Report of the Indian Hemp Drugs Commission, 1894-1895 - Volume VIII
Year: 1894
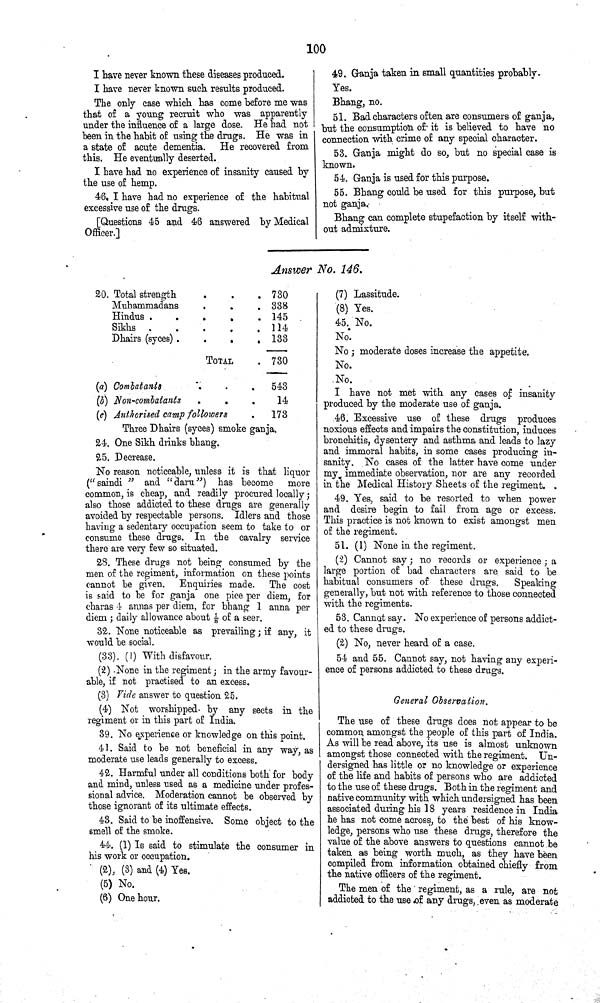
100
I have never known these diseases produced.
I have never known such results produced.
The only case which has come before me was
that of a young recruit who was apparently
under the influence of a large dose. He had not
been in the habit of using the drugs. He was in
a state of acute dementia. He recovered from
this. He eventually deserted.
I have had no experience of insanity caused by
the use of hemp.
46. I have had no experience of the habitual
excessive use of the drugs.
[Questions 45 and 46 answered by Medical
Officer.]
49. Ganja taken in small quantities probably.
Yes.
Bhang, no.
51. Bad characters often are consumers of ganja,
but the consumption of it is believed to have no
connection with crime of any special character.
53. Ganja might do so, but no special case is
known.
54. Ganja is used for this purpose.
55. Bhang could be used for this purpose, but
not ganja.
Bhang can complete stupefaction by itself with¬
out admixture.
Answer No. 146.
20. Total strength
730
Muhammadans
338
Hindus
145
Sikhs
114
Dhairs (syces)
133
TOTAL
730
(a) Combatants
543
(b) Non-combatants
14
(c) Authorised camp followers
173
Three Dhairs (syces) smoke ganja.
24. One Sikh drinks bhang.
25. Decrease.
No reason noticeable, unless it is that liquor
("saindi" and "daru") has become more
common, is cheap, and readily procured locally;
also those addicted to these drugs are generally
avoided by respectable persons. Idlers and those
having a sedentary occupation seem to take to or
consume these drugs. In the cavalry service
there are very few so situated.
28. These drugs not being consumed by the
men of the regiment, information on these points
cannot be given. Enquiries made. The cost
is said to be for ganja one pice per diem, for
charas 1 annas per diem, for bhang 1 anna per
diem; daily allowance about 1/8 of a seer.
32. None noticeable as prevailing; if any, it
would be social.
(33). (1) With disfavour.
(2) None in the regiment; in the army favour¬
able, if not practised to an excess.
(3) Vide answer to question 25.
(4) Not worshipped by any sects in the
regiment or in this part of India.
39. No experience or knowledge on this point.
41. Said to be not beneficial in any way, as
moderate use leads generally to excess.
42. Harmful under all conditions both for body
and mind, unless used as a medicine under profes¬
sional advice. Moderation cannot be observed by
those ignorant of its ultimate effects.
43. Said to be inoffensive. Some object to the
smell of the smoke.
44. (1) Is said to stimulate the consumer in
his work or occupation.
(2), (3) and (4) Yes.
(5) No.
(6) One hour.
(7) Lassitude.
(8) Yes.
45. No.
No.
No; moderate doses increase the appetite.
No.
No.
I have not met with any cases of insanity
produced by the moderate use of ganja.
46. Excessive use of these drugs produces
noxious effects and impairs the constitution, induces
bronchitis, dysentery and asthma and leads to lazy
and immoral habits, in some cases producing in¬
sanity. No cases of the latter have come under
my immediate observation, nor are any recorded
in the Medical History Sheets of the regiment.
49. Yes, said to be resorted to when power
and desire begin to fail from age or excess.
This practice is not known to exist amongst men
of the regiment.
51. (1) None in the regiment.
(2) Cannot say; no records or experience; a
large portion of bad characters are said to be
habitual consumers of these drugs.
Speaking
generally, but not with reference to those connected
with the regiments.
53. Cannot say. No experience of persons addict-
ed to these drugs.
(2) No, never heard of a case.
54 and 55. Cannot say, not having any experi¬
ence of persons addicted to these drugs.
General Observation.
The use of these drugs does not appear to be
common amongst the people of this part of India.
As will be read above, its use is almost unknown
amongst those connected with the regiment. Un-
dersigned has little or no knowledge or experience
of the life and habits of persons who are addicted
to the use of these drugs. Both in the regiment and
native community with which undersigned has been
associated during his 18 years residence in India
he has not come across, to the best of his know¬
ledge, persons who use these drugs, therefore the
value of the above answers to questions cannot be
taken as being worth much, as they have been
compiled from information obtained chiefly from
the native officers of the regiment.
The men of the regiment, as a rule, are not
addicted to the use of any drugs, even as moderate